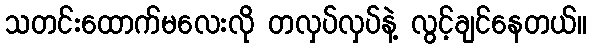
သတင်းထောက်မလေးလို တလှပ်လှပ်နဲ့ လွင့်ချင်နေတယ်။